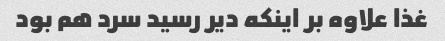
غذا علاوه بر اینکه دیر رسید سرد هم بود